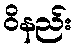
ဝိနည်း